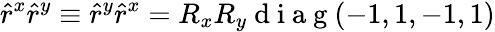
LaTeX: \hat{r}^{x}\hat{r}^{y}\equiv\hat{r}^{y}\hat{r}^{x}=R_{x}R_{y}\mathrm{~d~i~a~g~}(-1,1,-1,1)